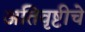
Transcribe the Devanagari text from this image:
अतिवृष्टीचे